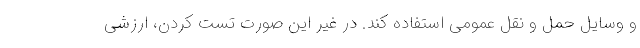
و وسایل حمل و نقل عمومی استفاده کند. در غیر این صورت تست کردن، ارزشی